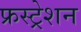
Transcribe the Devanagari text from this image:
फ्रस्ट्रेशन